Civil Veterinary Dept. Bombay admin report 1932-41 - 1932-1941
Year: 1932
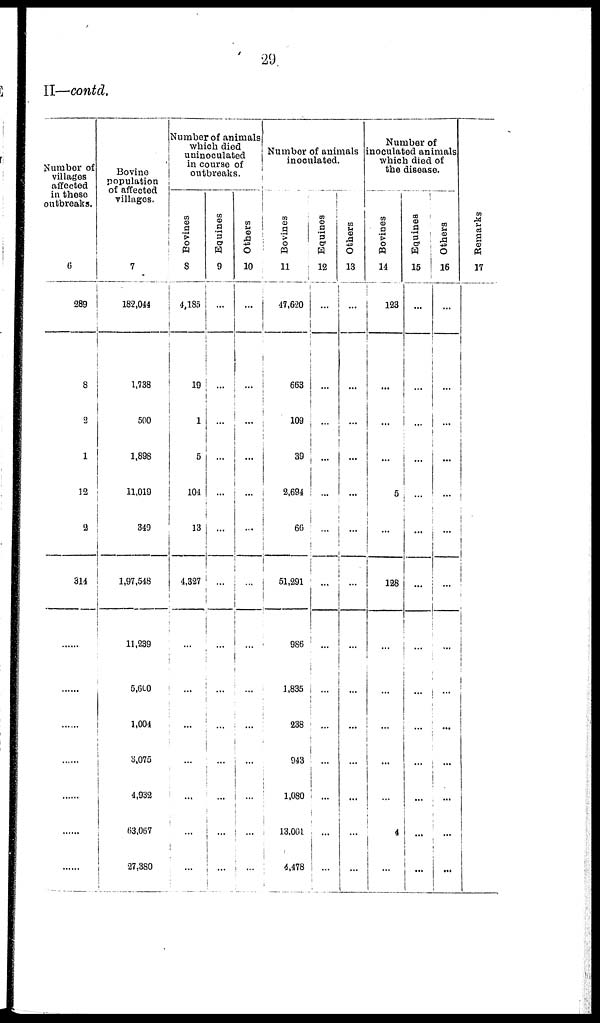
29
II—contd.
Number of
villages
affected
in these
outbreaks.
6
289
8
2
1
12
2
314
......
......
......
......
......
......
......
Bovine
population
of affected
villages.
7
182,044
1,738
500
1,898
11,019
349
1,97,548
11,239
5,600
1,004
3,075
4,932
63,067
27,380
Number of animals
which died
uninoculated
in course of
outbreaks.
Bovines
8
4,185
19
1
5
104
13
4,327
...
...
...
...
...
...
...
Equines
9
...
...
...
...
...
...
...
...
...
...
...
...
...
...
Others
10
...
...
...
...
...
...
...
...
...
...
...
...
...
...
Number of animals
inoculated.
Bovines
11
47,620
663
109
39
2,694
66
51,291
986
1,835
238
943
1,080
13,001
4,478
Equines
12
...
...
...
...
...
...
...
...
...
...
...
...
...
...
Others
13
...
...
...
...
...
...
...
...
...
...
...
...
...
...
Number of
inoculated animals
which died of
the disease.
Bovines
14
123
...
...
...
5
...
128
...
...
...
...
...
...
...
Equines
15
...
...
...
...
...
...
...
...
...
...
...
...
...
...
Others
16
...
...
...
...
...
...
...
...
...
...
...
...
...
...
Remarks
17